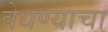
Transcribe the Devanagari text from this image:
वेधण्याचा